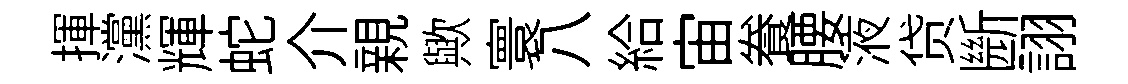
揮灙輝蛇介親歟寰八給宙飬腰液贷㫁詡